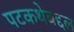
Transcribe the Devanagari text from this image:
पटकथेबद्दल